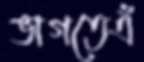
ভাগতেএঁ